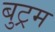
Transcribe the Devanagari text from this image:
बुट्रम